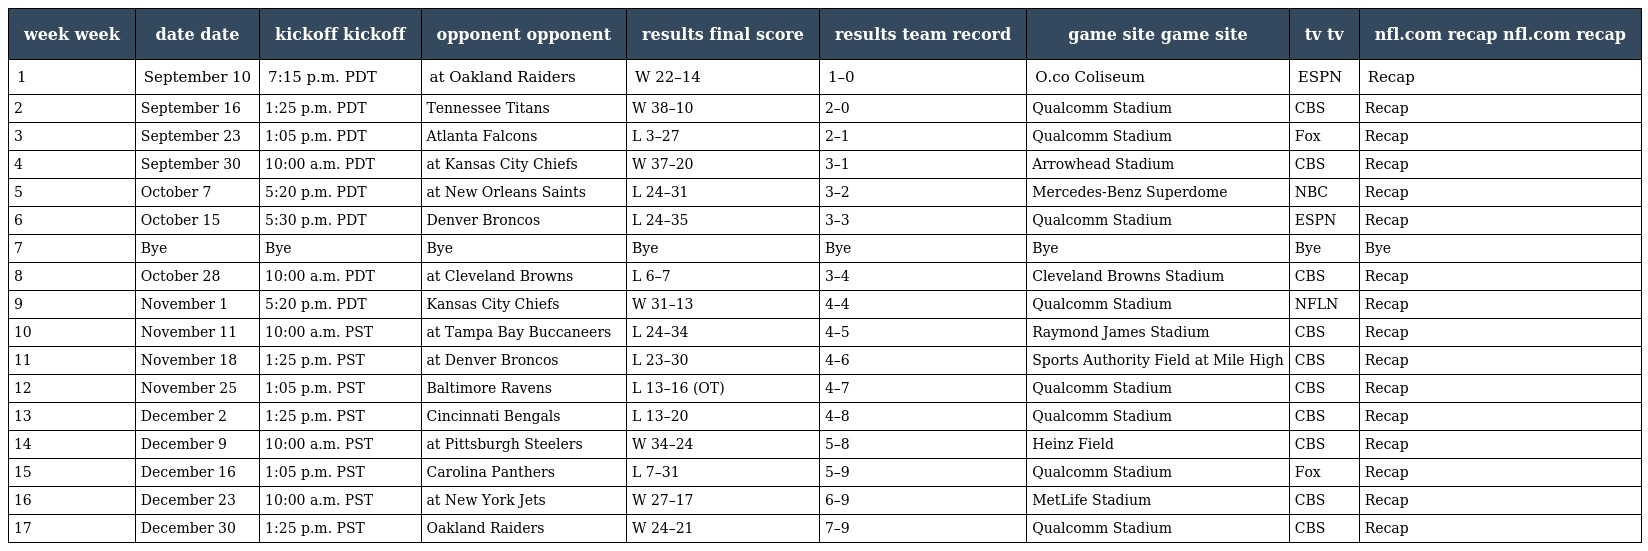
| week week | date date | kickoff kickoff | opponent opponent | results final score | results team record | game site game site | tv tv | nfl.com recap nfl.com recap |
 | --- | --- | --- | --- | --- | --- | --- | --- | --- |
 | 1 | September 10 | 7:15 p.m. PDT | at Oakland Raiders | W 22–14 | 1–0 | O.co Coliseum | ESPN | Recap |
 | 2 | September 16 | 1:25 p.m. PDT | Tennessee Titans | W 38–10 | 2–0 | Qualcomm Stadium | CBS | Recap |
 | 3 | September 23 | 1:05 p.m. PDT | Atlanta Falcons | L 3–27 | 2–1 | Qualcomm Stadium | Fox | Recap |
 | 4 | September 30 | 10:00 a.m. PDT | at Kansas City Chiefs | W 37–20 | 3–1 | Arrowhead Stadium | CBS | Recap |
 | 5 | October 7 | 5:20 p.m. PDT | at New Orleans Saints | L 24–31 | 3–2 | Mercedes-Benz Superdome | NBC | Recap |
 | 6 | October 15 | 5:30 p.m. PDT | Denver Broncos | L 24–35 | 3–3 | Qualcomm Stadium | ESPN | Recap |
 | 7 | Bye | Bye | Bye | Bye | Bye | Bye | Bye | Bye |
 | 8 | October 28 | 10:00 a.m. PDT | at Cleveland Browns | L 6–7 | 3–4 | Cleveland Browns Stadium | CBS | Recap |
 | 9 | November 1 | 5:20 p.m. PDT | Kansas City Chiefs | W 31–13 | 4–4 | Qualcomm Stadium | NFLN | Recap |
 | 10 | November 11 | 10:00 a.m. PST | at Tampa Bay Buccaneers | L 24–34 | 4–5 | Raymond James Stadium | CBS | Recap |
 | 11 | November 18 | 1:25 p.m. PST | at Denver Broncos | L 23–30 | 4–6 | Sports Authority Field at Mile High | CBS | Recap |
 | 12 | November 25 | 1:05 p.m. PST | Baltimore Ravens | L 13–16 (OT) | 4–7 | Qualcomm Stadium | CBS | Recap |
 | 13 | December 2 | 1:25 p.m. PST | Cincinnati Bengals | L 13–20 | 4–8 | Qualcomm Stadium | CBS | Recap |
 | 14 | December 9 | 10:00 a.m. PST | at Pittsburgh Steelers | W 34–24 | 5–8 | Heinz Field | CBS | Recap |
 | 15 | December 16 | 1:05 p.m. PST | Carolina Panthers | L 7–31 | 5–9 | Qualcomm Stadium | Fox | Recap |
 | 16 | December 23 | 10:00 a.m. PST | at New York Jets | W 27–17 | 6–9 | MetLife Stadium | CBS | Recap |
 | 17 | December 30 | 1:25 p.m. PST | Oakland Raiders | W 24–21 | 7–9 | Qualcomm Stadium | CBS | Recap |